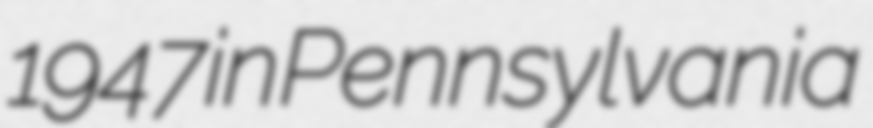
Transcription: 1947 in Pennsylvania